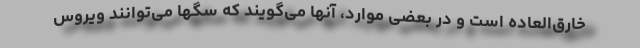
خارق‌العاده است و در بعضی موارد، آنها می‌گویند که سگها می‌توانند ویروس